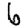
Digit: 6